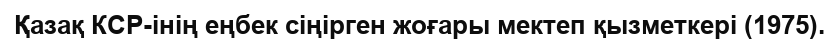
Қазақ КСР-інің еңбек сіңірген жоғары мектеп қызметкері (1975).